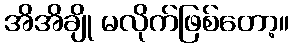
အိအိချို မလိုက်ဖြစ်တော့။